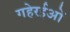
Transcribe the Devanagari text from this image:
गहेरईओं